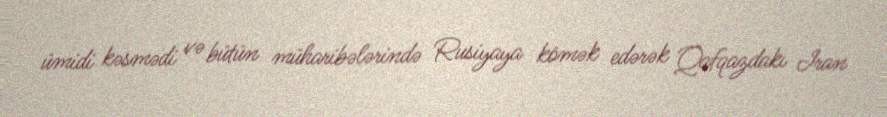
ümidi kəsmədi və bütün müharibələrində Rusiyaya kömək edərək Qafqazdakı İran